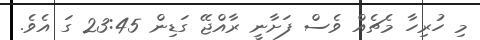
މި ހުރިހާ މެޗެއް ވެސް ފަށާނީ ރާއްޖޭ ގަޑިން 23:45 ގަ އެވެ.